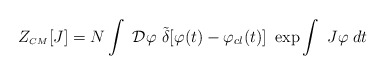
\begin{align*}Z_{\scriptscriptstyle CM}[J]=N\int~{\cal D}\varphi ~{\tilde{\delta}}[\varphi (t)-\varphi _{cl}(t)]~\exp\int ~J\varphi \;dt \end{align*}